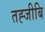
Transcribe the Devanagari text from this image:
तह्जीबि